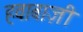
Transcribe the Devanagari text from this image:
हवाबाज़ी